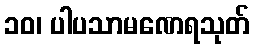
၁၀၊ ပါပသာမဏေရသုတ်